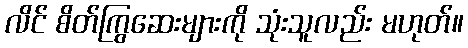
လိင် စိတ်ကြွဆေးများကို သုံးသူလည်း မဟုတ်။